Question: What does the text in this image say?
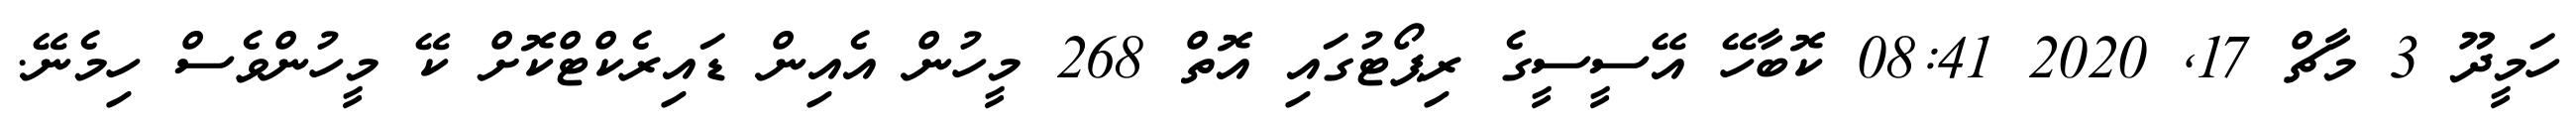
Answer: ހަމީދޫ 3 މާޗް 17, 2020 08:41 ކޮބާހޭ އޭސީސީގެ ރިޕޯޓުގައި އޮތް 268 މީހުން އެއިން ޑައިރެކްޓްކޮށް ކޭ މީހުންވެސް ހިމެނޭ.